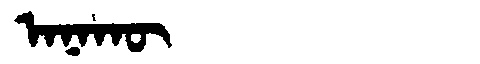
Manchu: ᠠᠨᠠᡴᡡ
Romanization: ANAKŪ